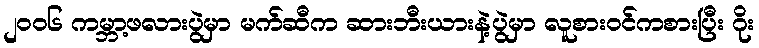
၂ဝဝ၆ ကမ္ဘာ့ဖလားပွဲမှာ မက်ဆီက ဆားဘီးယားနဲ့ပွဲမှာ လူစားဝင်ကစားပြီး ဂိုး